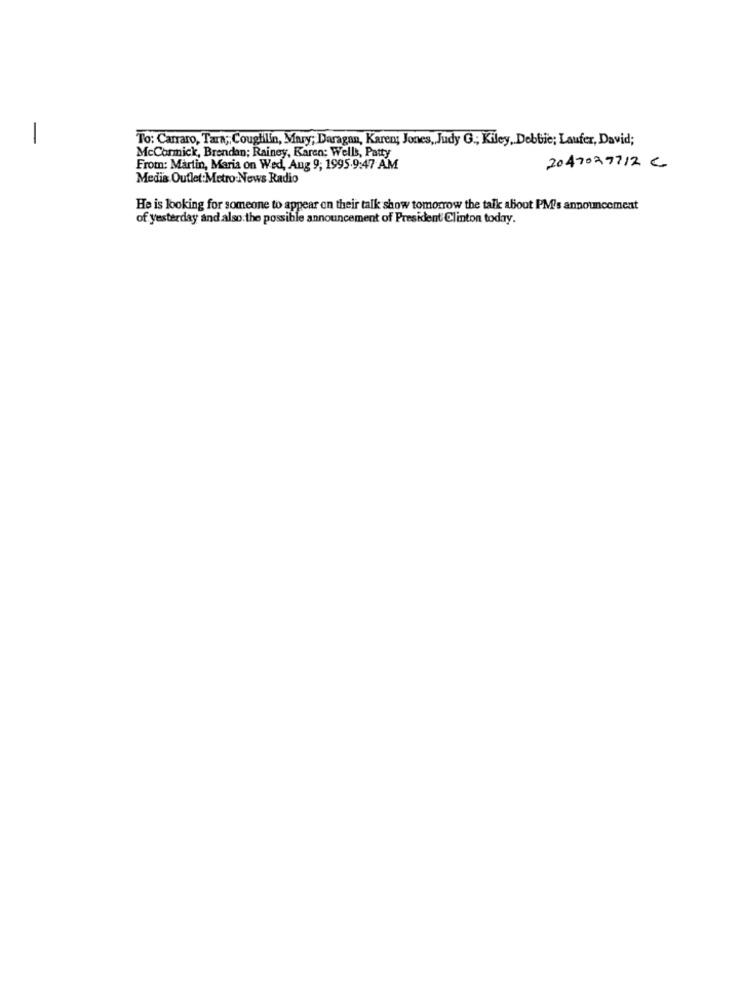
-
To: Carraro, Tara ;, Coughlin, Mary; Daragan, Karen; Jones, Judy G .; Kiley, Debbie; Laufer, David;
McCormick, Brendan; Rainey, Karen; Wells, Patty
From: Martin, Maria on Wed, Aug 9, 1995.9:47 AM
2047027712 C
Media Outlet:Metro:News Radio
He is looking for someone to appear on their talk show tomorrow the talk about PM's announcement
of yesterday and also.the possible announcement of President Clinton today.